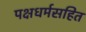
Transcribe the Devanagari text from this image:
पक्षधर्मसहित